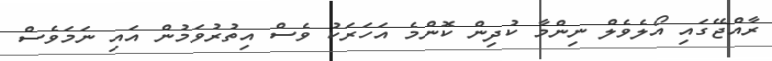
ރާއްޖޭގައި އޯލެވެލް ނިންމާ ކުދިން ކޮންމެ އަހަރަކު ވެސް އިތުރުވަމުން އައި ނަމަވެސް